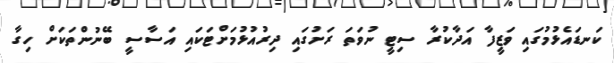
ކަނޑައެޅުމުގައި ވަޒީފާ އަދާކުރާ ސިޓީ ނުވަތަ ރަށުގައި ދިރުއުޅުމަށްޓަކައި އަސާސީ ބޭނުންތަކަށް ހިގާ